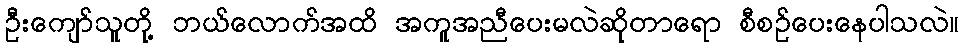
ဦးကျော်သူတို့ ဘယ်လောက်အထိ အကူအညီပေးမလဲဆိုတာရော စီစဉ်ပေးနေပါသလဲ။